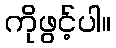
ကိုဖွင့်ပါ။